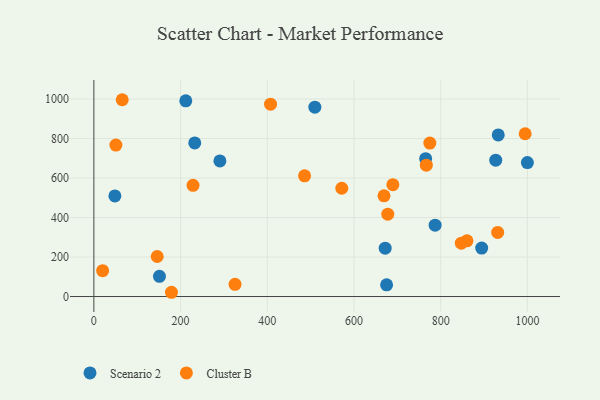
{"axis": {"x": "Price", "y": "Sales"}, "legend": ["Cluster B", "Scenario 2"], "data": [{"x": "212.0", "y": 991.1, "type": "Scenario 2"}, {"x": "509.7", "y": 958.8, "type": "Scenario 2"}, {"x": "787.1", "y": 361.3, "type": "Scenario 2"}, {"x": "232.7", "y": 777.9, "type": "Scenario 2"}, {"x": "926.9", "y": 690.3, "type": "Scenario 2"}, {"x": "671.9", "y": 244.8, "type": "Scenario 2"}, {"x": "932.7", "y": 818.3, "type": "Scenario 2"}, {"x": "894.5", "y": 245.6, "type": "Scenario 2"}, {"x": "999.9", "y": 678.2, "type": "Scenario 2"}, {"x": "290.7", "y": 686.8, "type": "Scenario 2"}, {"x": "765.3", "y": 698.1, "type": "Scenario 2"}, {"x": "675.2", "y": 59.3, "type": "Scenario 2"}, {"x": "151.3", "y": 102.1, "type": "Scenario 2"}, {"x": "48.5", "y": 509.6, "type": "Scenario 2"}, {"x": "20.2", "y": 131.1, "type": "Cluster B"}, {"x": "766.8", "y": 665.4, "type": "Cluster B"}, {"x": "325.6", "y": 61.9, "type": "Cluster B"}, {"x": "571.8", "y": 548.4, "type": "Cluster B"}, {"x": "931.4", "y": 324.6, "type": "Cluster B"}, {"x": "228.7", "y": 563.1, "type": "Cluster B"}, {"x": "669.2", "y": 510.0, "type": "Cluster B"}, {"x": "179.0", "y": 21.5, "type": "Cluster B"}, {"x": "65.4", "y": 996.7, "type": "Cluster B"}, {"x": "486.0", "y": 611.5, "type": "Cluster B"}, {"x": "50.8", "y": 766.9, "type": "Cluster B"}, {"x": "774.9", "y": 777.2, "type": "Cluster B"}, {"x": "994.8", "y": 824.5, "type": "Cluster B"}, {"x": "860.5", "y": 282.0, "type": "Cluster B"}, {"x": "146.1", "y": 202.7, "type": "Cluster B"}, {"x": "407.5", "y": 974.4, "type": "Cluster B"}, {"x": "847.5", "y": 270.2, "type": "Cluster B"}, {"x": "677.9", "y": 417.3, "type": "Cluster B"}, {"x": "689.6", "y": 566.6, "type": "Cluster B"}]}